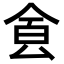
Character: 𩚀